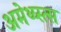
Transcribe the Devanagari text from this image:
अमेथ्य्स्त्स